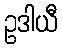
ဥဒါယီ